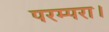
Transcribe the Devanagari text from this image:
परम्परा।